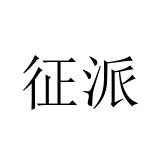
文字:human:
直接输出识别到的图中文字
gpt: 征派